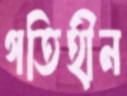
গতিহীন